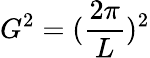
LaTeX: G^{2}=(\frac{2\pi}{L})^{2}